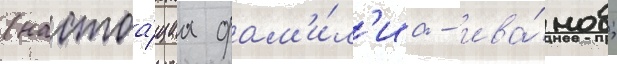
(настоа́щаа фам'и́л'иа - ива́нов;